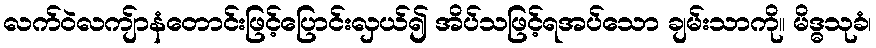
လက်ဝဲလကျ်ာနံတောင်းဖြင့်ပြောင်းလှယ်၍ အိပ်သဖြင့်ရအပ်သော ချမ်းသာကို။ မိဒ္ဓသုခံ၊